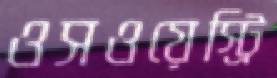
ওসওয়েস্ট্রি